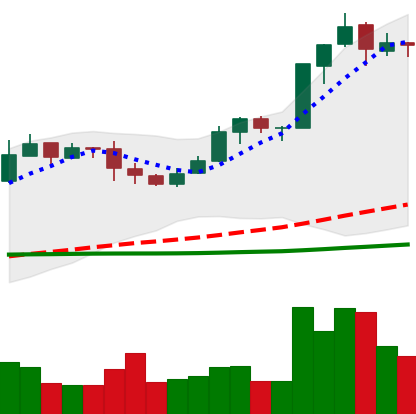
Ticker: BNB-USD
Chart end date: 2019-03-10
Forward return: 4.02%
Label: up_3_5